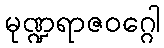
မုဏ္ဍရာဇဝဂ္ဂေါ